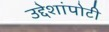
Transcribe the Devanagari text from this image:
उद्देशांपोटी